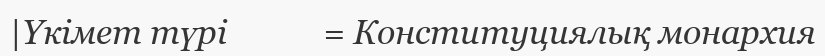
|Үкімет түрі            = Конституциялық монархия